King Institute of Preventive Medicine Micro-Biological Section reports 1909-11
Year: 1909
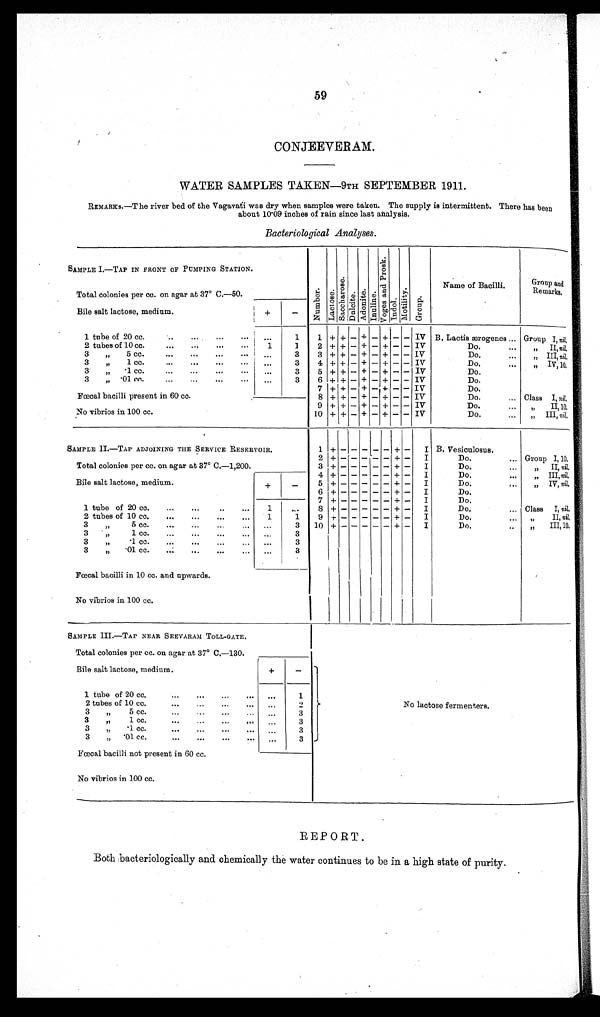
59
CONJEEVERAM.
WATER SAMPLES TAKEN-9TH SEPTEMBER 1911.
REMARKS.—The river bed of the Vagavati was dry when samples were taken. The supply is intermittent. There has been
about 10.09 inches of rain since last analysis.
Bacteriological Analyses.
SAMPLE I.—TAP IN FRONT OF PUMPING STATION.
Numbe r .
L a c t o s e .
S a c c h a r o s e .
D u l c i t e .
A d o n i t e .
I n u l i n e .
Vo g e s a n d P r o s k .
I n d o l .
M o t i l i t y .
G r o u p .
Name of Bacilli.
Group and Remarks.
Total colonies per cc. on agar at 37° C.-50.
Bile salt lactose, medium.
+
-
1 tube of 20 cc.
...
. . .
...
. . .
. . .
1
1 + + - + - + - - IV B. Lactis ærogenes ... Group I, nil,
2 tubes of 10 cc.
...
. . .
. . .
. . . 1
1
2 + + - + - + - - IV
Do.
...
„ II, nil.
3
,,
5 cc.
...
. . .
. . .
. . . ...
3
3 + + - + - + - - IV
Do.
...
„ III, nil.
3
„
1 cc.
...
. . .
. . .
. . .
. . .
3
4 + +
- +
- +
- - IV
Do.
...
,, IV, 10.
3
,,1 cc.
...
...
...
...
...
3
5 + +
- +
- +
- - IV
Do.
3
„ .01cc..
...
. . .
. . .
. . .
...
3
6 + +
- +
- +
- - IV
Do.
Fœcal bacilli present in 60 cc.
7
+
+--- IV
Do.
8 + +
- + - +
- - IV
Do.
... Class I, nil.
9 + +
- + - + - - IV
Do.
...
,,
II,10.
No vibrios in 100 cc.
10 + +
- + - +
- - IV
Do.
...
„ III, nil.
SAMPLE II.—TAP ADJOINING THE SERVICE RESERVOIR.
1
+
-
- - - -
+ -
I B. Vesiculosus.
2
+ -
- - - -
+ -
I
Do.
... Group I,10.
Total colonies per cc. on agar at 37° C.-1,200.
3
+ -
- - - -
+ -
I
Do.
. . .
, , I I , n i l
.
Bile salt lactose, medium.
4
+ -
- - - -
+ -
I
Do.
...
„
I I I , n i l
.
+
_
5
+ -
- - - -
+ -
I
Do.
. . .
, , I V ,
n i l .
6
+ -
- - - -
+ -
I
Do.
7
+ -
- - - -
-
I
Do.
1 tube of 20 cc.
...
. . .
. . . . . .
1
. . . 8
+ -
- - - -
+ -
I
Do.
... Class I,nil.
2 tubes of 10 cc.
...
...
...
...
1
1
9
+ -
- - - - + -
I
Do.
II, nil.
3
,,5 cc.
...
...
. . .
. . .
. . .
3
10
+ -
- - - -
+ -
I
Do.
. . .
,,
I I I , 1 0 .
3
, , 1cc.
...
. . .
. . .
. . .
. . .
3
3
, , . 1cc.
...
. . .
. . .
. . .
. . .
3
3
„
.01 cc.
...
...
...
...
...
3
Fœcal bacilli in 10 cc. and upwards.
No vibrios in 100 cc.
SAMPLE III.—TAP NEAR SEEVARAM TOLL-GATE.
No lactose fermenters.
Total colonies per cc. on agar at 37° C.–130.
Bile salt lactose, medium.
+
—
1 tube of 20 cc.
...
...
. . .
...
...
1
2 tubes of 10 cc.
. . .
...
...
...
. . .
2
3
,,
5 cc,
...
...
...
...
...
3
3
,,
1 cc.
...
...
. . .
. . . ...
3
3
„
.1c c .
. . .
. . .
. . .
...
...
3
3
„
. 0 1 c c .
. . .
. . .
. . .
...
...
3
Fœcal bacilli not present in 60 cc.
No vibrios in 100 cc.
REPORT.
Both bacteriologically and chemically the water continues to be in a high state of purity.